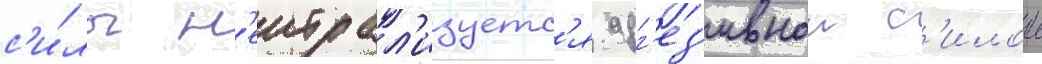
с'и́лы н'еитрал'изуетс'я адг'ез'ивнои с'илои